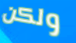
ولكن